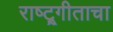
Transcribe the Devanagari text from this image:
राष्ट्र्गीताचा